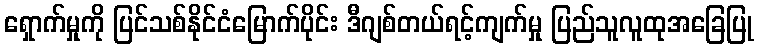
ရှောက်မှုကို ပြင်သစ်နိုင်ငံမြောက်ပိုင်း ဒီဂျစ်တယ်ရင့်ကျက်မှု ပြည်သူလူထုအခြေပြု